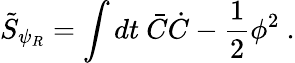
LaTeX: \tilde{S}_{\psi_{R}}=\int dt\ \bar{C}\dot{C}-{\frac{1}{2}}\phi^{2}\ .